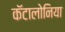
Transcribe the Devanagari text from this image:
कॅटालोनिया